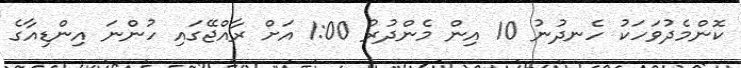
ކޮންމެދުވަހަކު ހެނދުނު 10 އިން މެންދުރު 1:00 އަށް ރާއްޖޭގައި ހުންނަ އިންޑިއާގެ